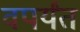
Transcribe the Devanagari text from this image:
वपर्यंत